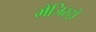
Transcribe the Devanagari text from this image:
मैजिस्ट्रो